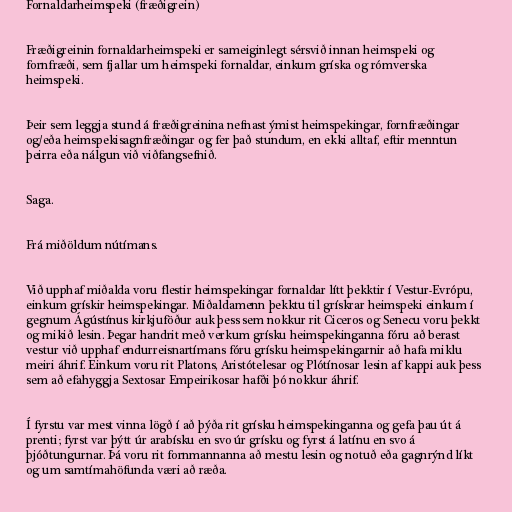
Fornaldarheimspeki (fræðigrein)

Fræðigreinin fornaldarheimspeki er sameiginlegt sérsvið innan heimspeki og
fornfræði, sem fjallar um heimspeki fornaldar, einkum gríska og rómverska
heimspeki.

Þeir sem leggja stund á fræðigreinina nefnast ýmist heimspekingar, fornfræðingar
og/eða heimspekisagnfræðingar og fer það stundum, en ekki alltaf, eftir menntun
þeirra eða nálgun við viðfangsefnið.

Saga.

Frá miðöldum nútímans.

Við upphaf miðalda voru flestir heimspekingar fornaldar lítt þekktir í Vestur-Evrópu,
einkum grískir heimspekingar. Miðaldamenn þekktu til grískrar heimspeki einkum í
gegnum Ágústínus kirkjuföður auk þess sem nokkur rit Ciceros og Senecu voru þekkt
og mikið lesin. Þegar handrit með verkum grísku heimspekinganna fóru að berast
vestur við upphaf endurreisnartímans fóru grísku heimspekingarnir að hafa miklu
meiri áhrif. Einkum voru rit Platons, Aristótelesar og Plótínosar lesin af kappi auk þess
sem að efahyggja Sextosar Empeirikosar hafði þó nokkur áhrif.

Í fyrstu var mest vinna lögð í að þýða rit grísku heimspekinganna og gefa þau út á
prenti; fyrst var þýtt úr arabísku en svo úr grísku og fyrst á latínu en svo á
þjóðtungurnar. Þá voru rit fornmannanna að mestu lesin og notuð eða gagnrýnd líkt
og um samtímahöfunda væri að ræða.